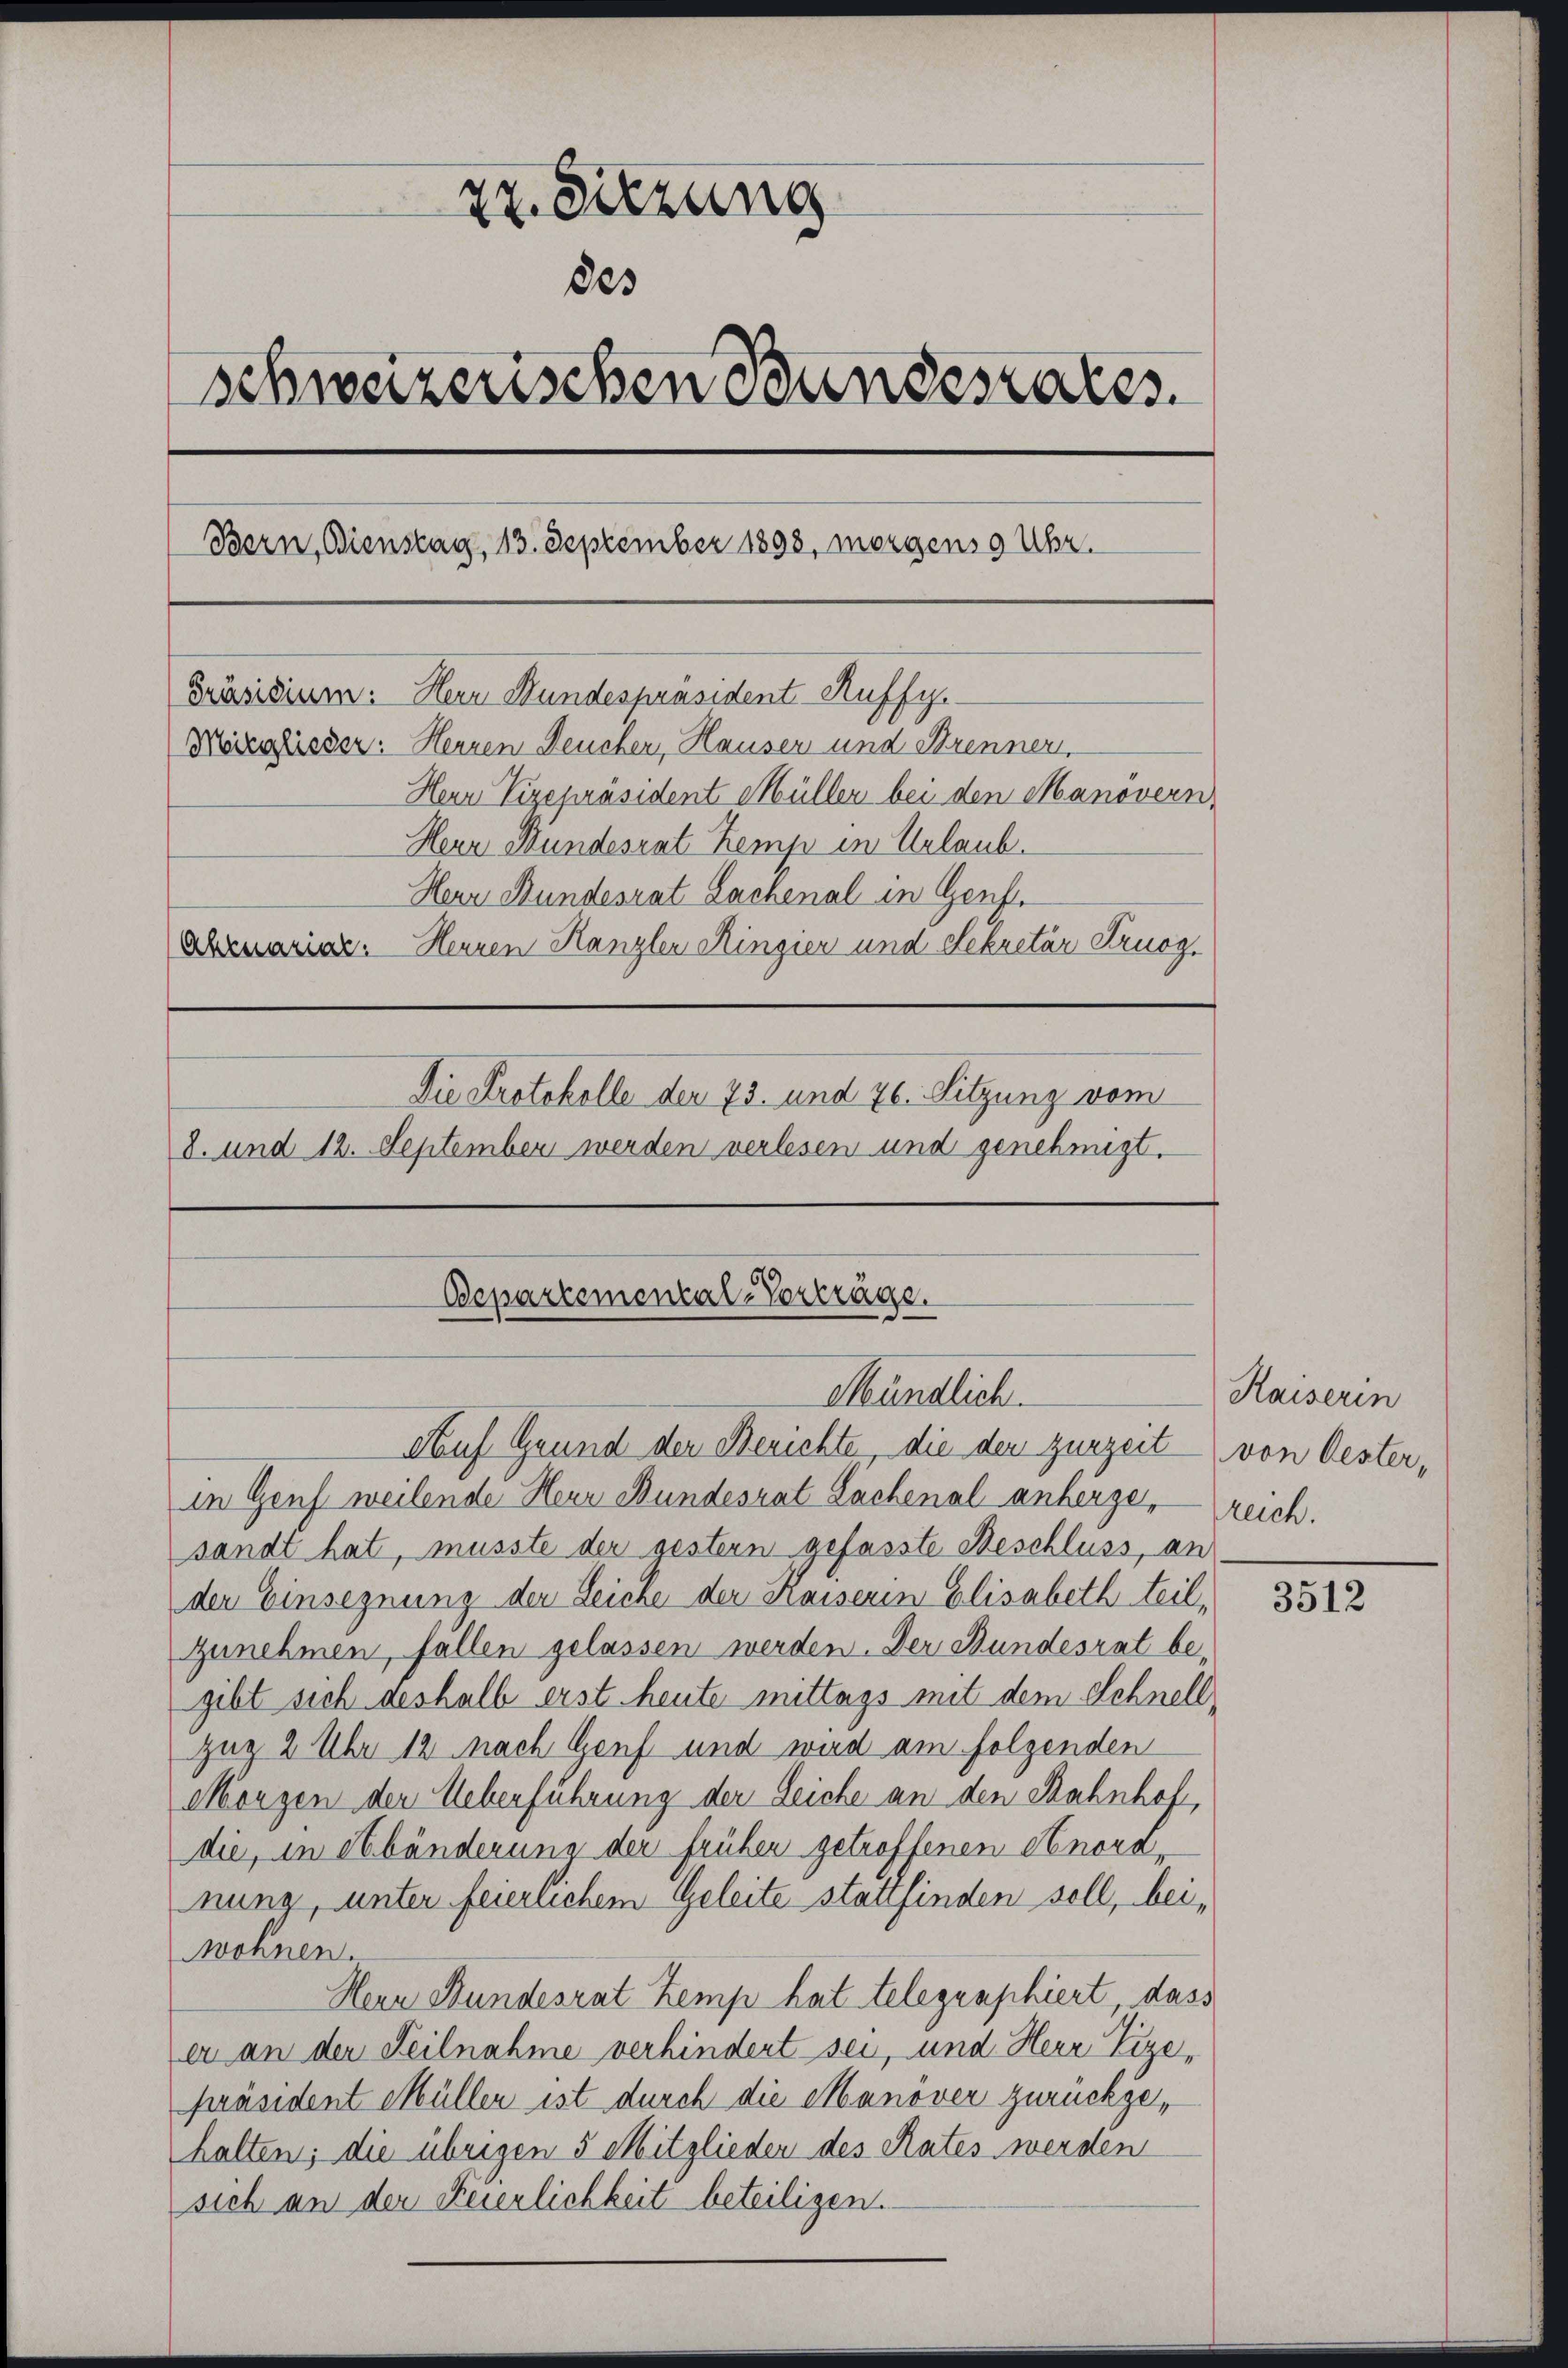
Er Sitzung
des
Schweizerischen Bundesrates.
Bern, Bienstag, 13. September 1898, morgens 9 Uhr.
Präsidium: Hern Wundespräsident Auffy.
Meierlisser: Herren Deucher, Hausen und Strennen.
Herr Vizepräsident Müller bei den Manovern
Herr Bundesrat Kemp in Urlaub.
Herr Bundesrat Lachenal in Genf.
Abruaria. Herren Kanzler Ringier und Sekretär Sruog
Die Protokolle der 23. und 76. Sitzung vom
8. und 12. September werden verlesen und genehmigt.

Bepartemental-Vorträge.
Mündlich.
Auf Grund der Berichte, die den zurzeit von Oester,

in Genf weilende Herr Bundesrat Lachenal anherge, reich.
sandt hat, musste der gestern gefasste Beschluss, an
der Einsegnung der Leiche der Kaiserin Elisabeth teil,
zunehmen, fallen gelassen werden. Der Bundesrat be-
gibt sich deshalb erst heute mittags mit dem Schnell
zug 2 Uhr 12 nach Genf und wird am folgenden
Morgen der Ueberführung der Leiche an den Bahnhof,
die, in Abänderung der früher getroffenen Anord-
nung, unter feierlichem Geleite stattfinden soll, beiwohnen.
Hern Bundesrat Zemp hat telegraphiert dass
er an der Teilnahme verhindert sei, und Herr Vize-
präsident Müller ist durch die Manover zurückgehalten; die übrigen 5 Mitglieden des Rates werden
sich an der Feierlichkeit beteiligen.

Kaiserin

3512